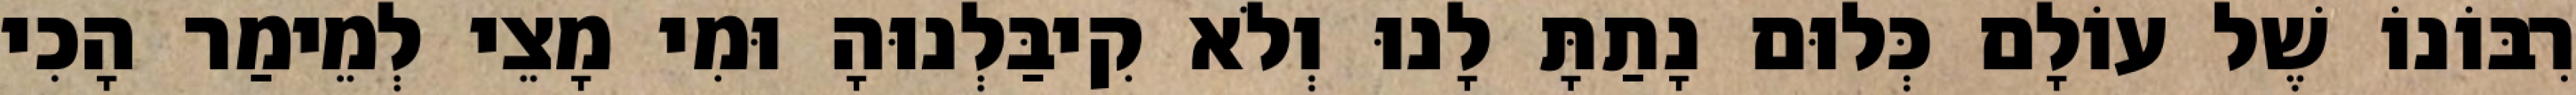
רִבּוֹנוֹ שֶׁל עוֹלָם כְּלוּם נָתַתָּ לָנוּ וְלֹא קִיבַּלְנוּהָ וּמִי מָצֵי לְמֵימַר הָכִי